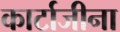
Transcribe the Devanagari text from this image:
कार्टाजीना